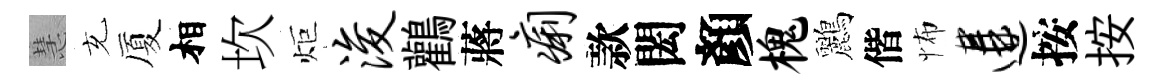
慧充厦相坎炬浚鸛蔣痢款閎顏槐鸝偕怖遘按按